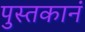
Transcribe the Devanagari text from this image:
पुस्तकानं